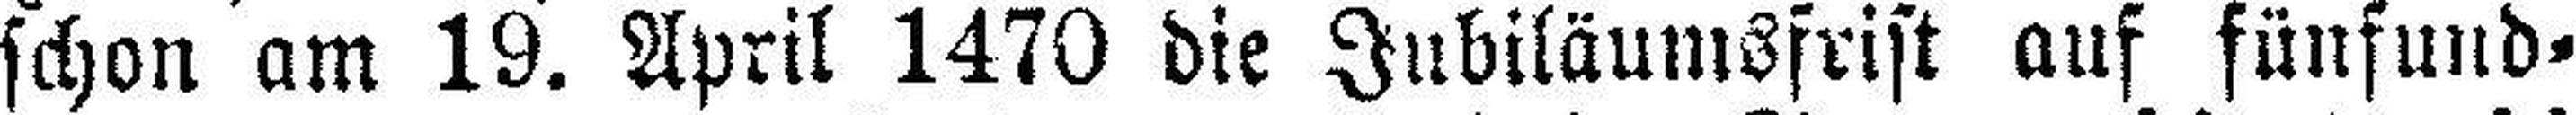
schon am 19. April 1470 die Jubiläumsfrist auf fünfund¬